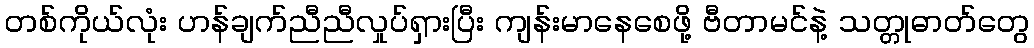
တစ်ကိုယ်လုံး ဟန်ချက်ညီညီလှုပ်ရှားပြီး ကျန်းမာနေစေဖို့ ဗီတာမင်နဲ့ သတ္တုဓာတ်တွေ